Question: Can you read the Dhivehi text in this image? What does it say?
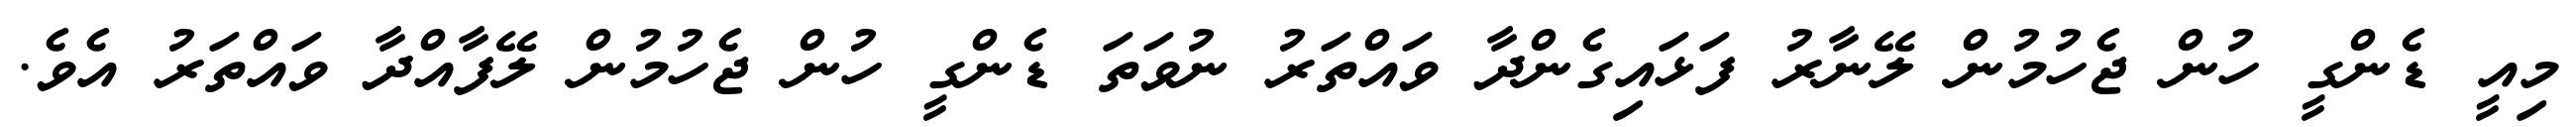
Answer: މިއީ ޑެންގީ ހުން ޖެހުމުން ލޭނާރު ފަޅައިގެންދާ ވައްތަރު ނުވަތަ ޑެންގީ ހުން ޖެހުމުން ލޭފާއްދާ ވައްތަރު އެވެ.